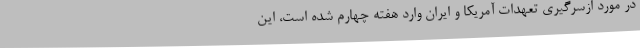
در مورد ازسرگیری تعهدات آمریکا و ایران وارد هفته چهارم شده است، این